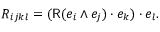
R _ { i j k l } = ( { \mathsf { R } } ( e _ { i } \wedge e _ { j } ) \cdot e _ { k } ) \cdot e _ { l } .